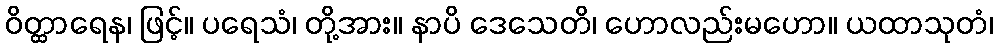
ဝိတ္ထာရေန၊ ဖြင့်။ ပရေသံ၊ တို့အား။ နာပိ ဒေသေတိ၊ ဟောလည်းမဟော။ ယထာသုတံ၊